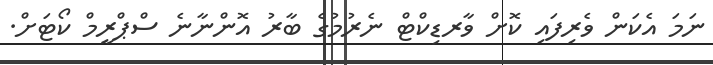
ނަމަ އެކަން ވެރިފައި ކޮށް ވާރޑިކްޓް ނެރުމުގެ ބާރު އޮންނާނެ ސްޕްރީމް ކޯޓަށް.